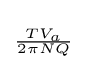
\scriptstyle {\frac {TV_{a}}{2\pi NQ}}